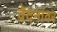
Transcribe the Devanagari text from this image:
वेदनांवर